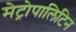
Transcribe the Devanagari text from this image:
मेट्रोपालिटिन